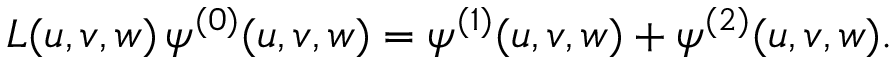
{ \cal L } ( u , v , w ) \, \psi ^ { ( 0 ) } ( u , v , w ) = \psi ^ { ( 1 ) } ( u , v , w ) + \psi ^ { ( 2 ) } ( u , v , w ) .